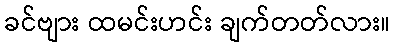
ခင်ဗျား ထမင်းဟင်း ချက်တတ်လား။